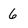
Character: 6